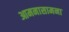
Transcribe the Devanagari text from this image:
आमनासामना